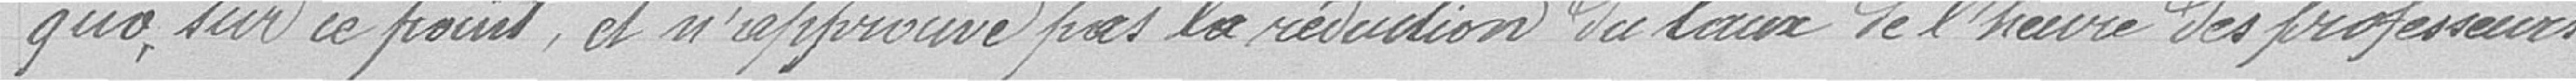
quo, sur ce point, et n'approuve pas la réduction du taux de l'heure des professeurs.